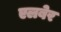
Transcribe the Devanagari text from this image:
एलबेर